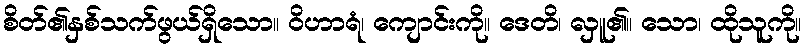
စိတ်၏နှစ်သက်ဖွယ်ရှိသော။ ဝိဟာရံ၊ ကျောင်းကို။ ဒေတိ၊ လှူ၏။ သော၊ ထိုသူကို။